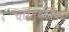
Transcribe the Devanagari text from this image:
परिस्‍थतियों